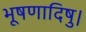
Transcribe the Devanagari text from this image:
भूषणादिषु।